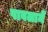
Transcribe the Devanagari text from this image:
पावलानें